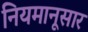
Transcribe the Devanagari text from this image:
नियमानूसार